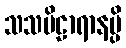
သသဗိဠာရာနမ္ပိ